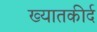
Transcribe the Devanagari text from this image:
ख्यातकीर्द